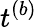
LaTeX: t^{(b)}